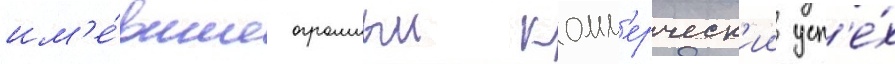
им'е́вшие огромныи комм'ерческ'ии усп'е́х